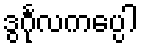
ဒွင်္ဂုလကပ္ပေါ